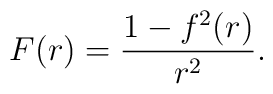
F(r)=\frac{1-f^{2}(r)}{r^{2}}.